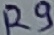
Text: R9